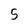
Character: 5